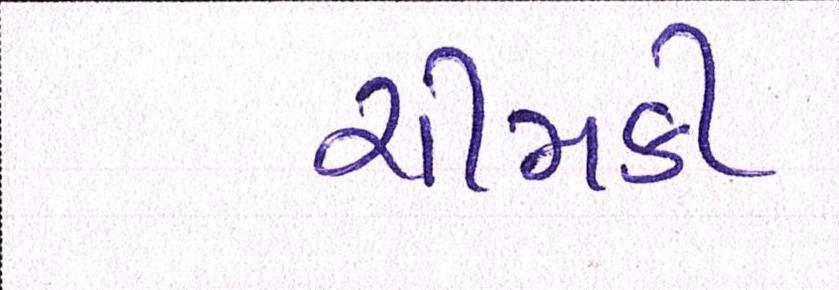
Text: ચીમકી